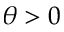
\theta > 0